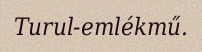
Turul-emlékmű.